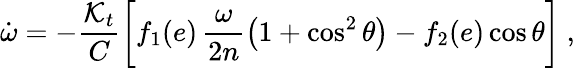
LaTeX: \dot{\omega}=-\frac{{\cal K}_{t}}{C}\bigg[f_{1}(e)\, \frac{\omega}{2n}\left(1+\cos^{2}\theta\right)-f_{2}(e)\cos\theta\bigg]\ ,